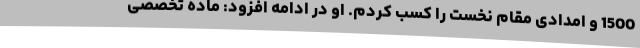
1500 و امدادی مقام نخست را کسب کردم. او در ادامه افزود: ماده تخصصی